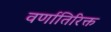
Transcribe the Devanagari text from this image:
वर्णातिरिक्त